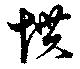
慣